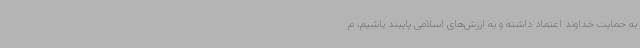
به حمایت خداوند اعتماد داشته و به ارزش‌های اسلامی پایبند باشیم، م